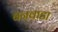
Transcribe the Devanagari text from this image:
बनवाडा